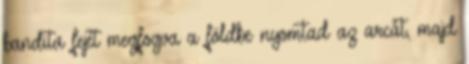
bandita fejét megfogva a földbe nyomtad az arcát, majd